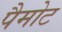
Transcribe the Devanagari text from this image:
पैमोट